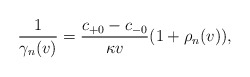
\begin{align*} \frac{1}{\gamma_n(v)}=\frac{c_{+0}-c_{-0}}{\kappa v}(1+\rho_n(v)),\end{align*}